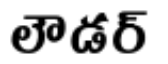
లౌడర్